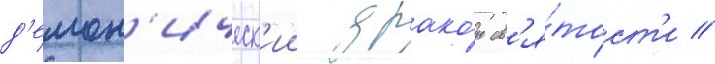
д'емон'ическ'ии драко́н св'я́тост'и //